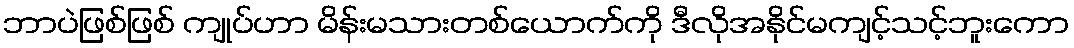
ဘာပဲဖြစ်ဖြစ် ကျုပ်ဟာ မိန်းမသားတစ်ယောက်ကို ဒီလိုအနိုင်မကျင့်သင့်ဘူးကော